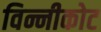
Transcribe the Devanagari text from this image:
विन्नीकोट